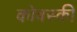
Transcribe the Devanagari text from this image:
कोबस्की